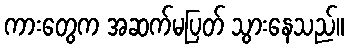
ကားတွေက အဆက်မပြတ် သွားနေသည်။